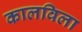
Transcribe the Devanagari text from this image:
कालविला